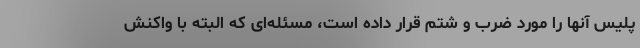
پلیس آنها را مورد ضرب و شتم قرار داده است، مسئله‌ای که البته با واکنش